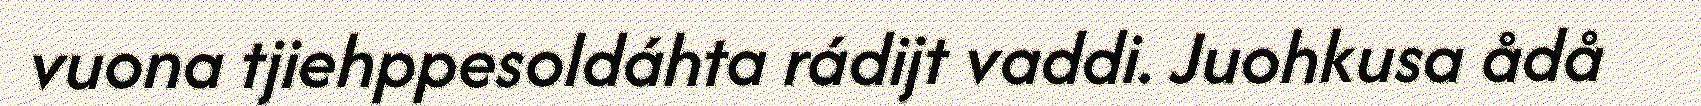
vuona tjiehppesoldáhta rádijt vaddi. Juohkusa ådå